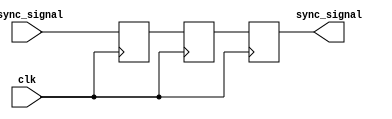
module async_to_sync_converter (
    input wire async_signal,           // Asynchronous input signal
    input wire clk,                   // System clock
    output reg sync_signal            // Synchronized output signal
);

// Internal signals for the dual-flip-flop synchronizer
reg dff1, dff2;

// Dual Flip-Flop Synchronizer
always @(posedge clk) begin
    dff1 <= async_signal;  // Sample the async signal at the clock edge
    dff2 <= dff1;          // Pass the sampled signal to the next flip-flop
end

// Output Logic: Assign the output to the second flip-flop
always @(posedge clk) begin
    sync_signal <= dff2;   // Output the stable signal
end

endmodule